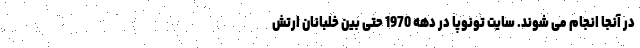
در آنجا انجام می شوند. سایت تونوپا در دهه 1970 حتی بین خلبانان ارتش